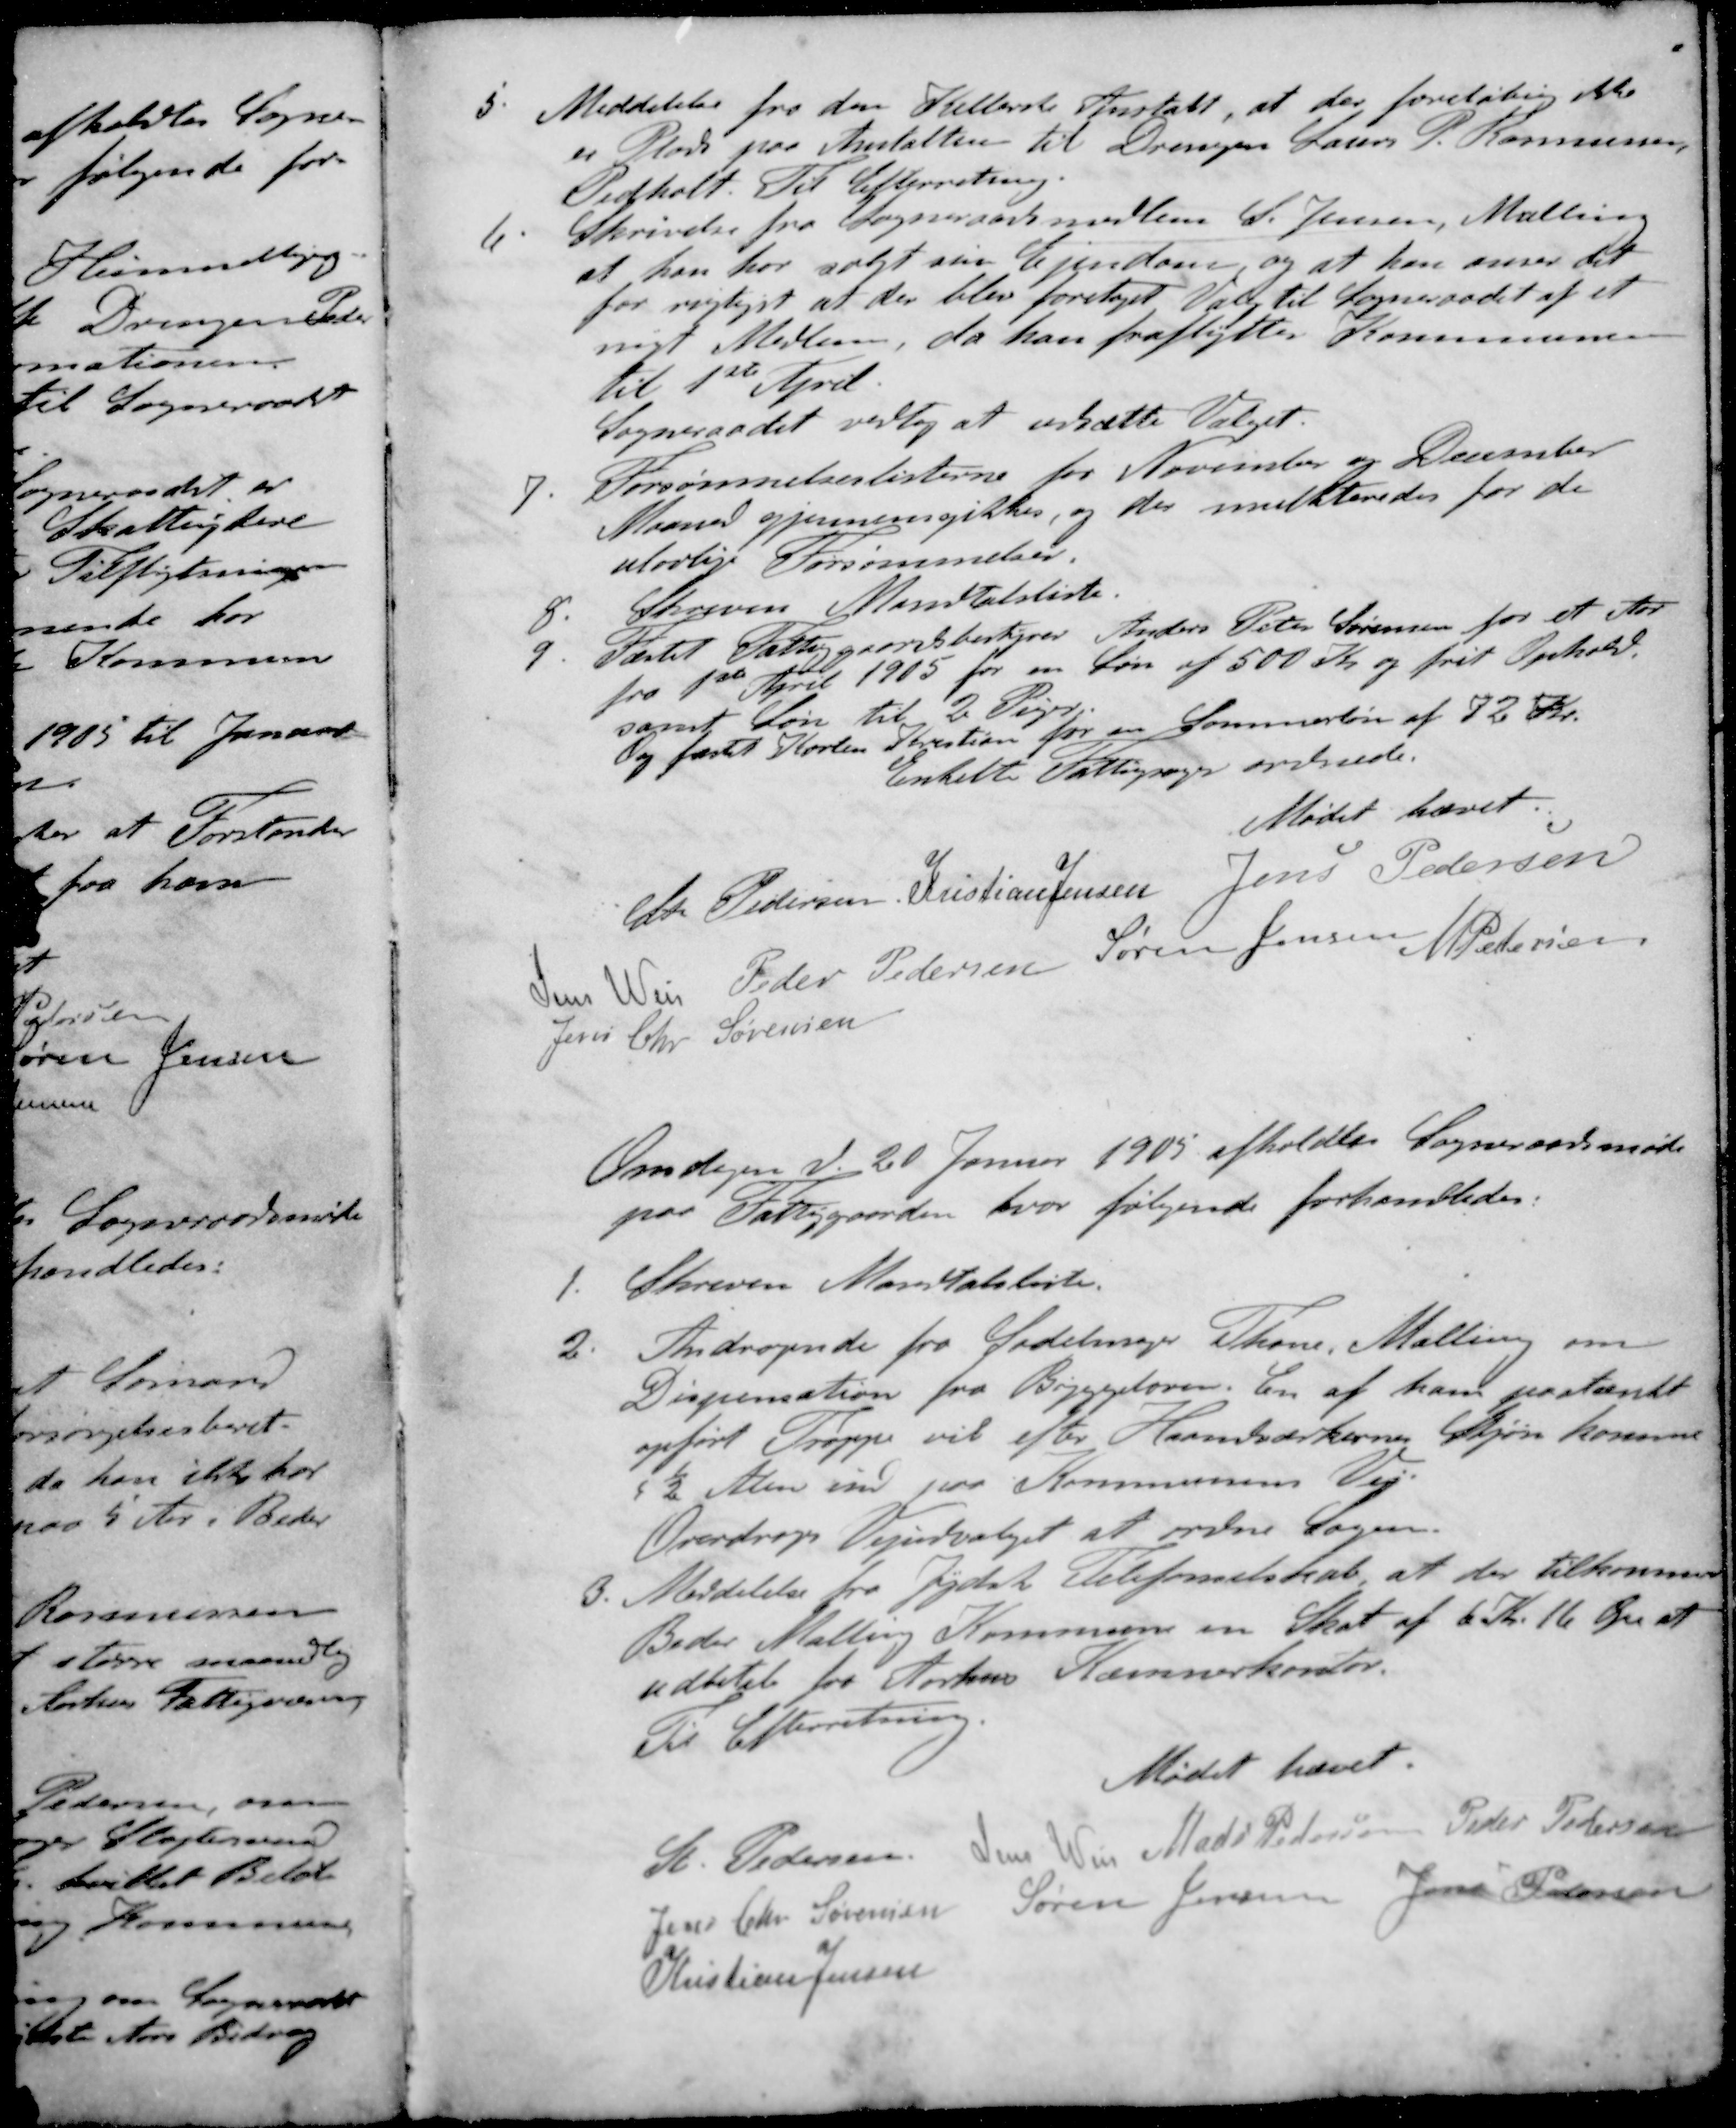
Transskription:
5. Meddelelse fra den Kellerste Anstalt, at der foreløbig ikke
er Plads paa Anstalten til Drengen Laurs P. Rasmussen
Pedholt. Til Efterretning.
6. Skrivelse fra Sogneraadsmedlem S Jensen, Malling
at han har solgt sin Ejendom og at han anser det
for rigtigst at der blev foretaget Valg til Sogneraadet af et
nyt Medlem, da han fraflytter Kommunen
til 1ste April
Sogneraadet vedtog at udsætte Valget.
7. Forsømmelseslisterne for November og December
Maaned gjennemgikkes, og der mulkteredes for de
ulovlig Forsømmelser.
8. Skreven Mandtalsliste.
9. Fæstet Fattiggaardsbestyrer Anders Peter Sørensen for et Aar
fra 1ste April 1905 for en Løn af 500 Kr og frit Ophold.
samt Løn til 2 Piger
Og fæstet Korten Kristian for en Sommerløn af 72 Kr.
Enkelt Fattigsager ordnede.
Mødet hævet.
St Pedersen
Kristian Jensen
Jens Pedersen
Jens Weis
Peder Pedersen
Søren Jensen
M Pedersen
Jens Chr Sørensen
Onsdagen d. 20 Januar 1905 afholdtes Sogneraadsmøde
paa Fattiggaarden, hvor følgende forhandledes.
1. Skreven Mandtalsliste.
2. Andragende fra Sadelmager Thane Malling om
Dispensation fra Byggeloven. En af han paatænkt
opført Trappe vil efter Haandværkernes Skjøn komme
½ Alen ind paa Kommunens Vej
Overdroges Vejudvalget at ordne Sagen.
3. Meddelelse fra Jydsk Telefonselskab at der tilkommer
Beder Malling Kommune en Skat af 6 Kr. 16 Øre at
udbetet fra Aarhus Kæmnerkontor.
Til Efterretning.
Mødet hævet.
St Pedersen
Jens Weis
Mads Petersen
Peder Petersen
Jens Chr Sørensen
Søren Jensen
Jens Pedersen
Kristian Jensen